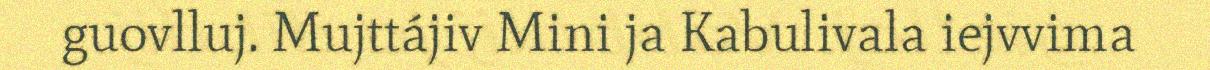
guovlluj. Mujttájiv Mini ja Kabulivala iejvvima